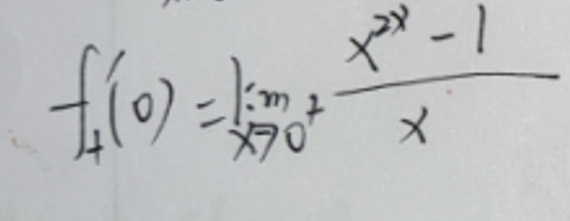
\[
f_{+}'(0)=\lim_{x\rightarrow0^{+}}\frac{x^{2x}-1}{x}
\]